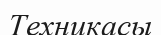
Техникасы